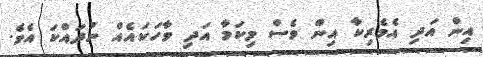
އިން އަދި އެމެރިކާ އިން ވެސް މިކަމާ އަދި ވާހަކައެއް ނުދައްކަ އެވެ.